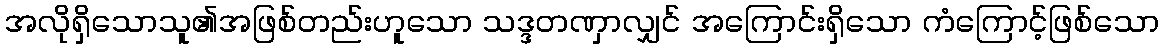
အလိုရှိသောသူ၏အဖြစ်တည်းဟူသော သဒ္ဒတဏှာလျှင် အကြောင်းရှိသော ကံကြောင့်ဖြစ်သော